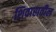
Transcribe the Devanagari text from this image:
शिवारातील